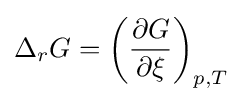
\Delta _{r}G=\left({\frac {\partial G}{\partial \xi }}\right)_{p,T}